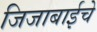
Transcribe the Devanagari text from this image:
जिजाबाईचे